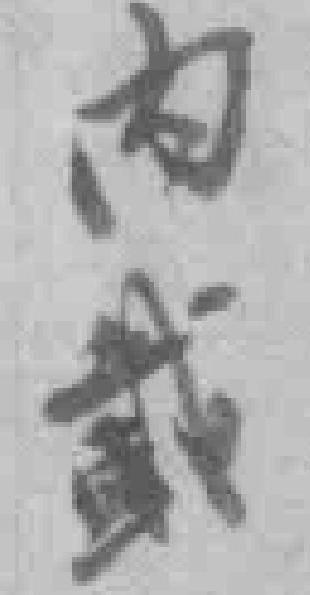
内載